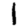
Digit: 1